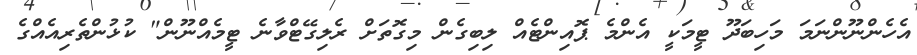
އެހެންނޫންނަމަ މަހިބަދޫ ޓީމަކީ އެންމެ ޕޮއިންޓެއް ލިބިގެން މިގޮތަށް ރެލިގޭޓްވާނެ ޓީމެއްނޫން" ކުޅުންތެރިއެއްގެ